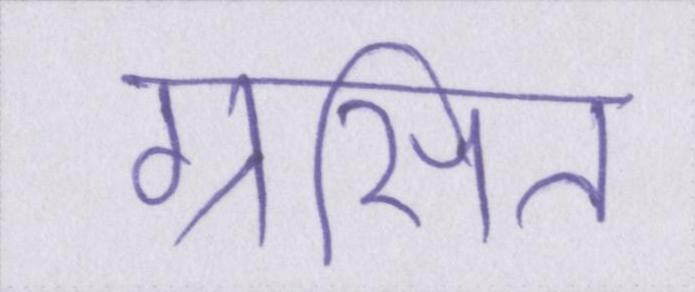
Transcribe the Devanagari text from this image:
ग्रसित